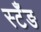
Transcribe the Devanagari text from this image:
स्टँङ